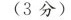
(3分)